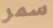
سمر